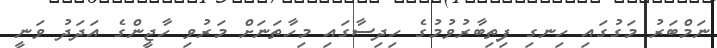
ނަމްބަރު މަގުގައި ހިނގި ފިތިބާރުވުމުގެ ހިދިސާގައި މިހާތަނަށް މަރުވި ހާޖީންގެ އަދަދު ވަނީ